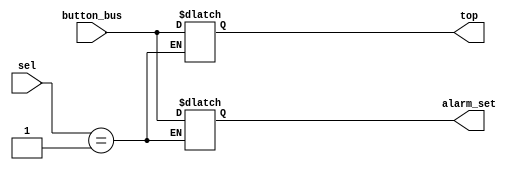
`timescale 1ns / 1ps

//////////////////////////////////////
//      M U X   F O R   B T N       //
//           I N P U T S            //
////////////////////////////////////// 

module mux_btn(
    input [4:0] button_bus,
    input [1:0]sel,
    output reg [4:0 ]top, alarm_set
    );
    
always @(sel)begin 
    case(sel)
        2'b01 : begin
            alarm_set <= button_bus;
        end
        default : top <= button_bus;
    endcase
end    
endmodule